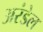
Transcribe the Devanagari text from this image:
अरंडेल